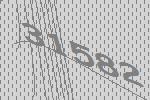
31582